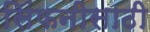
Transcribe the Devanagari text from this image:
सिंफनीसाठी